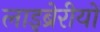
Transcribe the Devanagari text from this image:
लाइब्रेरीयों